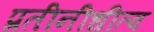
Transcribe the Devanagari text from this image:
प्रतीनीधीत्व